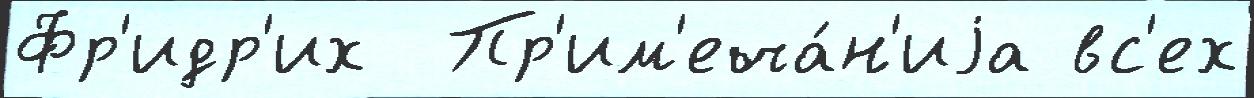
Фр'идр'их  Пр'им'еча́н'иjа вс'ех